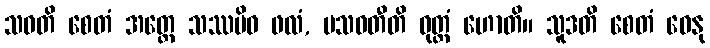
သဝတိ စေတံ အတ္ထေ သဿမိဝ ဖလံ, ပသဝတီတိ ဝုတ္တံ ဟောတိ။ သူဒတိ စေတံ ဓေနု